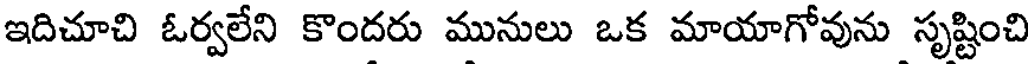
ఇదిచూచి ఓర్వలేని కొందరు మునులు ఒక మాయాగోవును సృష్టించి